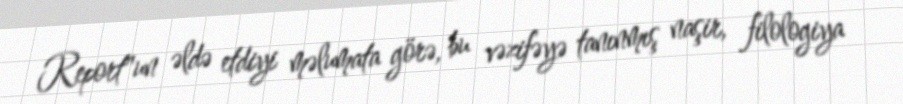
Report"un əldə etdiyi məlumata görə, bu vəzifəyə tanınmış naşir, filologiya